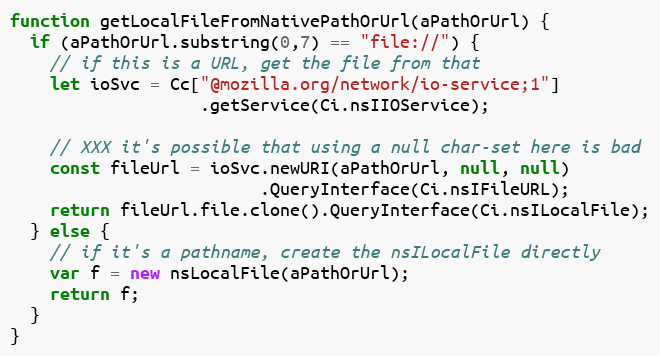
Language: JavaScript
function getLocalFileFromNativePathOrUrl(aPathOrUrl) {
  if (aPathOrUrl.substring(0,7) == "file://") {
    // if this is a URL, get the file from that
    let ioSvc = Cc["@mozilla.org/network/io-service;1"]
                   .getService(Ci.nsIIOService);

    // XXX it's possible that using a null char-set here is bad
    const fileUrl = ioSvc.newURI(aPathOrUrl, null, null)
                         .QueryInterface(Ci.nsIFileURL);
    return fileUrl.file.clone().QueryInterface(Ci.nsILocalFile);
  } else {
    // if it's a pathname, create the nsILocalFile directly
    var f = new nsLocalFile(aPathOrUrl);
    return f;
  }
}